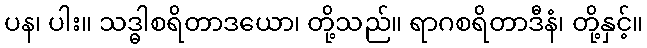
ပန၊ ပါး။ သဒ္ဓါစရိတာဒယော၊ တို့သည်။ ရာဂစရိတာဒီနံ၊ တို့နှင့်။